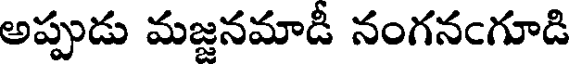
అప్పుడు మజ్జనమాడీ నంగనఁగూడి